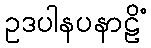
ဥဒပါနပနာဠိံ